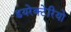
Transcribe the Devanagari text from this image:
डयरेक्टेरियो